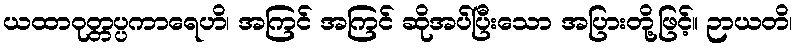
ယထာဝုတ္တပ္ပကာရေဟိ၊ အကြင် အကြင် ဆိုအပ်ပြီးသော အပြားတို့ဖြင့်။ ဉာယတိ၊